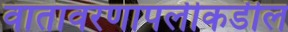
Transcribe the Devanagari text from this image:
वातावरणापलीकडील